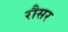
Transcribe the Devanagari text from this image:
रौसर